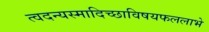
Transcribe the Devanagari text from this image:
त्वदन्यस्मादिच्छाविषयफललाभे